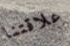
علاقتنا